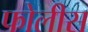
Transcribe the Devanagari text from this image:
फोलीस